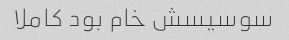
سوسیسش خام بود کاملا